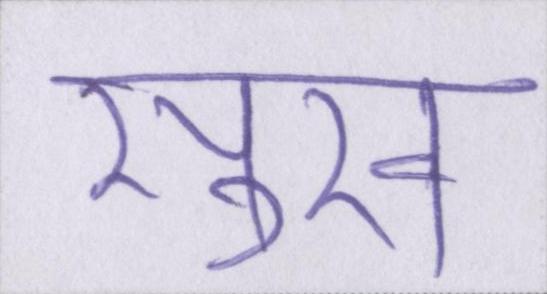
सुख